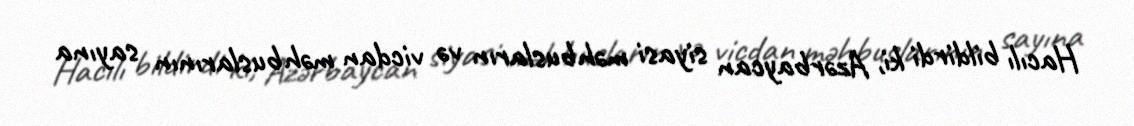
Hacılı bildirdi ki, Azərbaycan siyasi məhbusların və vicdan məhbuslarının sayına